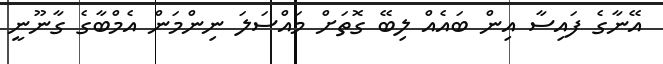
އޭނާގެ ފައިސާ އިން ބައެއް ލިބޭ ގޮތަށް މައްސަލަ ނިންމަން އެމްބާގެ ގާނޫނީ